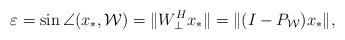
\begin{align*}\varepsilon=\sin\angle(x_{*},\mathcal{W})=\| W_{\bot}^{H}x_{*}\|=\|(I-P_{\mathcal{W}})x_{*}\|,\end{align*}